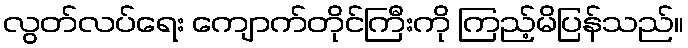
လွတ်လပ်ရေး ကျောက်တိုင်ကြီးကို ကြည့်မိပြန်သည်။